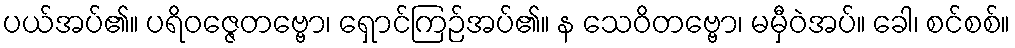
ပယ်အပ်၏။ ပရိဝဇ္ဇေတဗ္ဗော၊ ရှောင်ကြဉ်အပ်၏။ န သေဝိတဗ္ဗော၊ မမှီဝဲအပ်။ ခေါ၊ စင်စစ်။